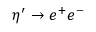
\eta ^ { \prime } \rightarrow e ^ { + } e ^ { - }